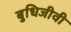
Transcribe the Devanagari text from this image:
बुधिजीवी